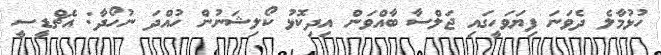
ހުޅުމާލެ ދެވަނަ ފިޔަވަހީގައި ޖަލްސާ ބާއްވަން އިދިކޮޅު ކޯލިޝަނުން ހުއްދަ ނުހޯދާ: އެޗްޑީސީ